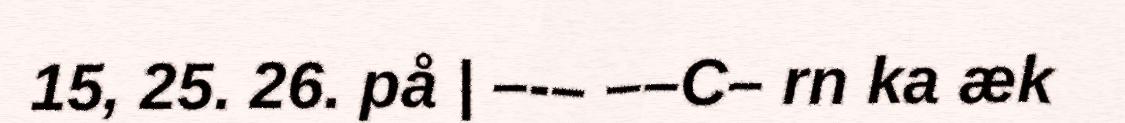
15, 25. 26. på | –-– ––C– rn ka æk